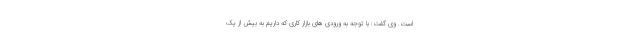
است. وی گفت: با توجه به ورودی های بازار کاری که داریم به بیش از یک